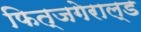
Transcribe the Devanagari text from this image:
फित्जगेराल्ड